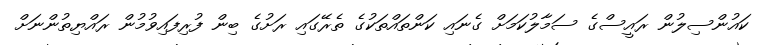
ކައުންސިލުން ރައީސްގެ ސަމާލުކަމަށް ގެނައި ކަންތައްތަކުގެ ތެރޭގައި ރަށުގެ ބިން ފުރިފައިވުމުން ރައްޔިތުންނަށް